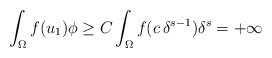
\begin{align*}\int_\Omega f(u_1)\phi \geq C\int_\Omega f(c\,\delta^{s-1})\delta^s = +\infty\end{align*}